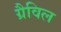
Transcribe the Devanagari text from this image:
ग्रैविल